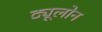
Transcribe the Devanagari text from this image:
ट्यूलोन